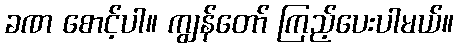
ခဏ စောင့်ပါ။ ကျွန်တော် ကြည့်ပေးပါမယ်။